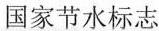
国家节水标志